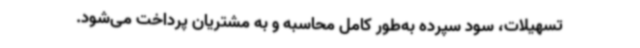
تسهیلات، سود سپرده به‌طور کامل محاسبه و به مشتریان پرداخت می‌شود.